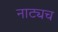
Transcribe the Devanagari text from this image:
नाट्यच